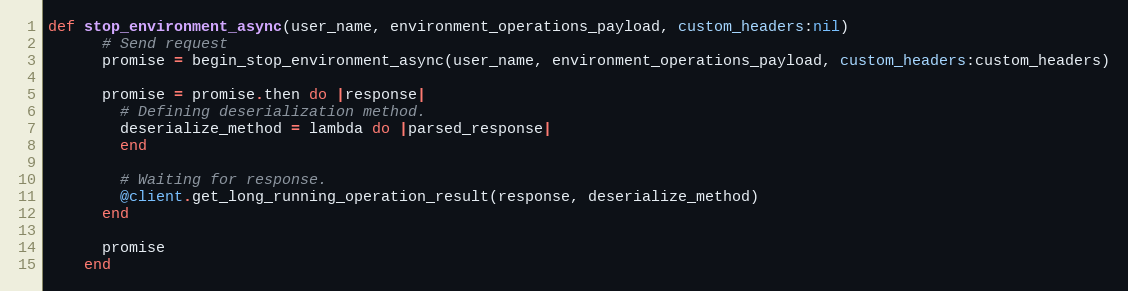
Language: Ruby
def stop_environment_async(user_name, environment_operations_payload, custom_headers:nil)
      # Send request
      promise = begin_stop_environment_async(user_name, environment_operations_payload, custom_headers:custom_headers)

      promise = promise.then do |response|
        # Defining deserialization method.
        deserialize_method = lambda do |parsed_response|
        end

        # Waiting for response.
        @client.get_long_running_operation_result(response, deserialize_method)
      end

      promise
    end